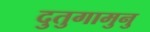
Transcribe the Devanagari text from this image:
दुतुगामुनु